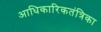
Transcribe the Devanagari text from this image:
आधिकारिकतंत्रिका